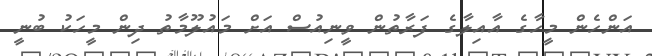
އަންހެން މީހާގެ އާއިލާގެ ފަރާތުން ވީނިއުސް އަށް މައުލޫމާތު ދިން މީހަކު ބުނީ